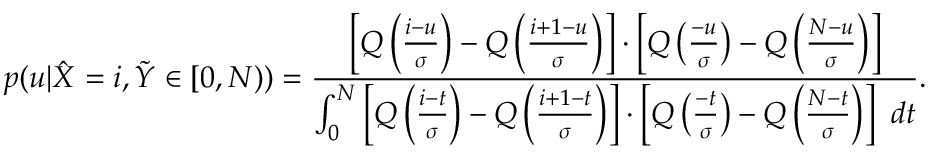
p ( u | \hat { X } = i , \tilde { Y } \in [ 0 , N ) ) = \frac { \left[ Q \left( \frac { i - u } { \sigma } \right) - Q \left( \frac { i + 1 - u } { \sigma } \right) \right] \cdot \left[ Q \left( \frac { - u } { \sigma } \right) - Q \left( \frac { N - u } { \sigma } \right) \right] } { \int _ { 0 } ^ { N } \left[ Q \left( \frac { i - t } { \sigma } \right) - Q \left( \frac { i + 1 - t } { \sigma } \right) \right] \cdot \left[ Q \left( \frac { - t } { \sigma } \right) - Q \left( \frac { N - t } { \sigma } \right) \right] ~ d t } .